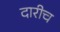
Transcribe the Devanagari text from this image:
दारीच